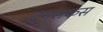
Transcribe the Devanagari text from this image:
दमसकस